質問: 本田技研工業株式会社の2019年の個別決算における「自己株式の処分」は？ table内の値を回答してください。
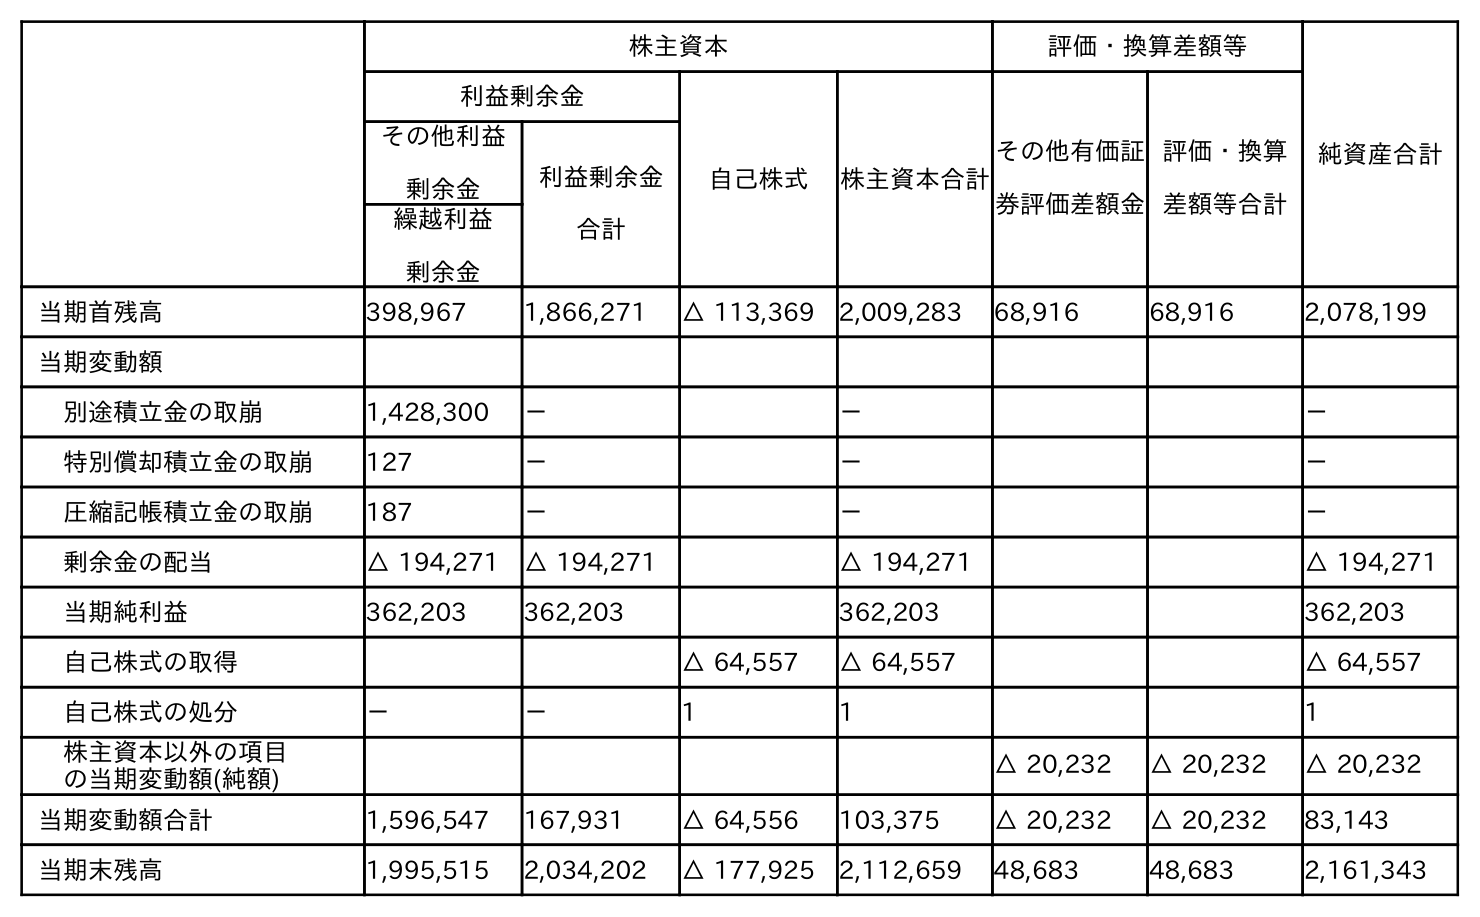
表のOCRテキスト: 株主資本 評価・換算差額等 純資産合計 利益剰余金 自己株式 株主資本合計 その他有価証 券評価差額金 評価・換算 差額等合計 その他利益 剰余金 利益剰余金 合計 繰越利益 剰余金 当期首残高 398,967 1,866,271 △ 113,369 2,009,283 68,916 68,916 2,078,199 当期変動額 別途積立金の取崩 1,428,300 － － － 特別償却積立金の取崩 127 － － － 圧縮記帳積立金の取崩 187 － － － 剰余金の配当 △ 194,271 △ 194,271 △ 194,271 △ 194,271 当期純利益 362,203 362,203 362,203 362,203 自己株式の取得 △ 64,557 △ 64,557 △ 64,557 自己株式の処分 － － 1 1 1 株主資本以外の項目 の当期変動額(純額) △ 20,232 △ 20,232 △ 20,232 当期変動額合計 1,596,547 167,931 △ 64,556 103,375 △ 20,232 △ 20,232 83,143 当期末残高 1,995,515 2,034,202 △ 177,925 2,112,659 48,683 48,683 2,161,343
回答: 1